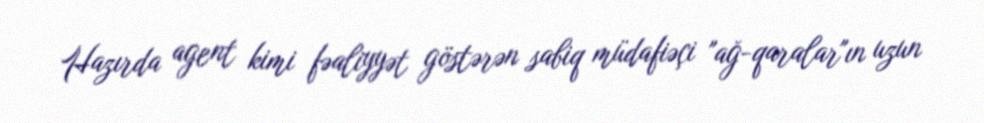
Hazırda agent kimi fəaliyyət göstərən sabiq müdafiəçi "ağ-qaralar"ın uzun